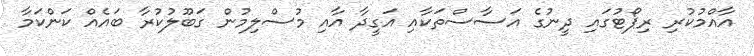
އާއްމުކުރި ރިޕޯޓުގައި ދީނުގެ އަސާސްތަކާއި އަގީދާ އާއި މުސްލިމުން ގަބޫލުކުރާ ބައެއް ކަންކަމާ